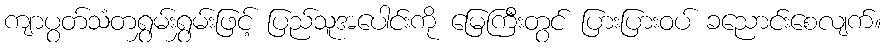
ကျာပွတ်သံတရွှမ်းရွှမ်းဖြင့် ပြည်သူအပေါင်းကို မြေကြီးတွင် ပြားပြားဝပ် ခညောင်းစေလျက်။